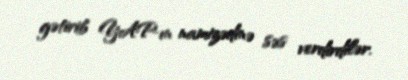
gətirib YAP-ın namizədinə səs verdirdilər.